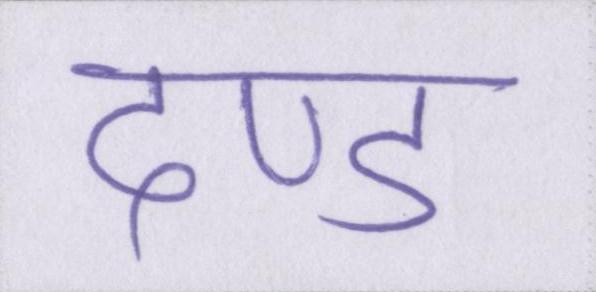
दण्ड